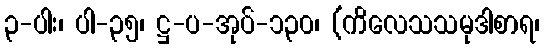
၃-ပါး၊ ပါ-၃၅၊ ဋ္ဌ-ပ-အုပ်-၁၃၀၊ (ကိလေသသမုဒါစာရ၊